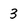
Character: 3